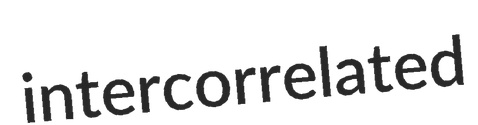
intercorrelated